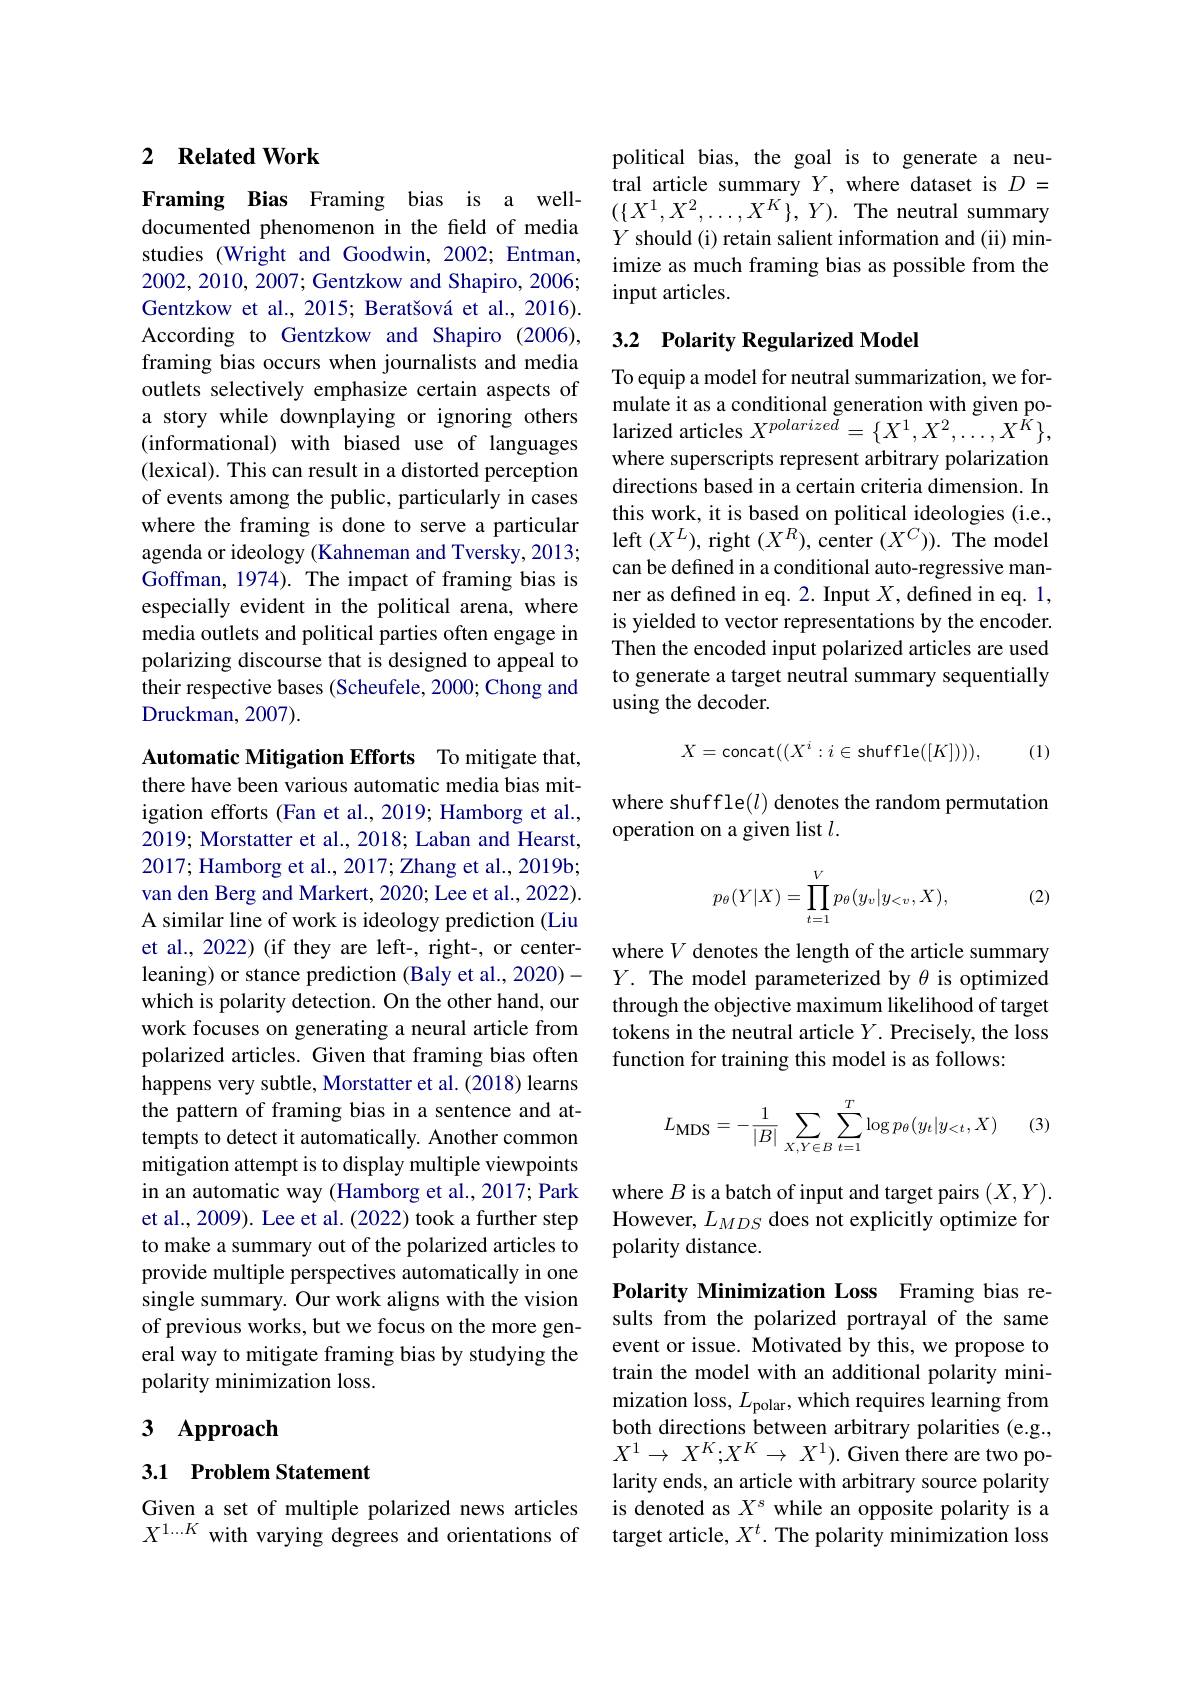
### 2 $\textbf{Related Work}$

Framing Bias Framing bias is a welldocumented phenomenon in the field of media studies (Wright and Goodwin, 2002; Entman, 2002,2010,2007; Gentzkow and Shapiro, 2006; Gentzkow et al., 2015; Beratšová et al., 2016). According to Gentzkow and Shapiro (2006), framing bias occurs when journalists and media outlets selectively emphasize certain aspects of a story while downplaying or ignoring others (informational) with biased use of languages (lexical). This can result in a distorted perception of events among the public, particularly in cases where the framing is done to serve a particular agenda or ideology (Kahneman and Tversky, 2013; Goffman, 1974). The impact of framing bias is especially evident in the political arena, where media outlets and political parties often engage in polarizing discourse that is designed to appeal to their respective bases (Scheufele, 2000; Chong and Druckman, 2007).

Automatic Mitigation Efforts To mitigate that, there have been various automatic media bias mitigation efforts (Fan et al., 2019; Hamborg et al., 2019; Morstatter et al., 2018; Laban and Hearst, 2017; Hamborg et al., 2017; Zhang et al., 2019b; van den Berg and Markert, 2020; Lee et al., 2022). A similar line of work is ideology prediction (Liu et al., 2022) (if they are left-, right-, or centerwhich is polarity detection. On the other hand, our work focuses on generating a neural article from polarized articles. Given that framing bias often happens very subtle, Morstatter et al. (2018) learns the pattern of framing bias in a sentence and attempts to detect it automatically. Another common mitigation attempt is to display multiple viewpoints in an automatic way (Hamborg et al., 2017; Park et al., 2009). Lee et al. (2022) took a further step to make a summary out of the polarized articles to provide multiple perspectives automatically in one single summary. Our work aligns with the vision of previous works, but we focus on the more general way to mitigate framing bias by studying the polarity minimization loss.

# 3 Approach

3.1 Problem Statement

Given a set of multiple polarized news articles $X^{1...K}$ with varying degrees and orientations of

political bias, the goal is to generate a neutral article summary $Y$, where dataset is $D=$ $(\{X^1,X^2,\ldots,X^K\},Y).$ The neutral summary $Y$ should (i) retain salient information and (ii) minimize as much framing bias as possible from the input articles.

## 3.2 Polarity Regularized Model

To equip a model for neutral summarization, we formulate it as a conditional generation with given polarized articles $X^{polarized}=\{X^1,X^2,\ldots,X^{\stackrel{\smile}{\operatorname*{K}}}\}$, where superscripts represent arbitrary polarization directions based in a certain criteria dimension. In this work, it is based on political ideologies (i.e., left $(X^L)$,right $(X^R)$,center $(X^C)).$ The model can be defined in a conditional auto-regressive manner as defined in eq. 2. Input $X$, defined in eq. 1, is yielded to vector representations by the encoder. Then the encoded input polarized articles are used to generate a target neutral summary sequentially using the decoder.
$$X=\text{concat}((X^i:i\in\text{shuffle}([K]))),$$
(1)

where shuffle(l) denotes the random permutation
operation on a given list $l.$
$$p_\theta(Y|X)=\prod\limits_{t=1}^Vp_\theta(y_v|y_{<v},X),$$
(2)

where $V$ denotes the length of the article summary
leaning) or stance prediction (Baly et al., 2020)- $Y.$ The model parameterized by $\theta$ is optimized
through the objective maximum likelihood of target tokens in the neutral article $Y.$ Precisely, the loss function for training this model is as follows:

(3)
$$L_{\mathrm{MDS}}=-\frac{1}{|B|}\sum_{X,Y\in B}\sum_{t=1}^{T}\log p_{\theta}(y_{t}|y_{<t},X)$$
where $B$ is a batch of input and target pairs $(X,Y).$ However, $L_{MDS}$ does not explicitly optimize for polarity distance.

Polarity Minimization Loss Framing bias results from the polarized portrayal of the same event or issue. Motivated by this, we propose to train the model with an additional polarity minimization loss, $L_\mathrm{polar}$, which requires learning from both directions between arbitrary polarities (e.g., $X^1\to X^K;X^K\to X^1).$ Given there are two polarity ends, an article with arbitrary source polarity is denoted as $X^s$ while an opposite polarity is a target article, $X^t.$ The polarity minimization loss